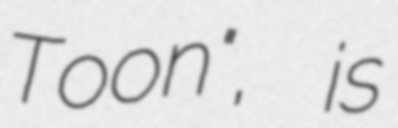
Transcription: Toon", is